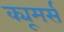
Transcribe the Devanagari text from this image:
क्यूमर्स